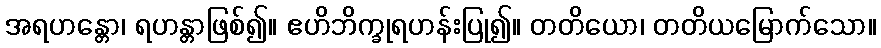
အရဟန္တော၊ ရဟန္တာဖြစ်၍။ ဧဟိဘိက္ခုရဟန်းပြု၍။ တတိယော၊ တတိယမြောက်သော။